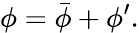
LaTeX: \phi={\bar{\phi}}+\phi^{\prime}.